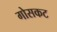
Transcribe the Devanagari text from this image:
गोसकट